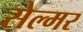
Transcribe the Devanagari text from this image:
सेल्मर